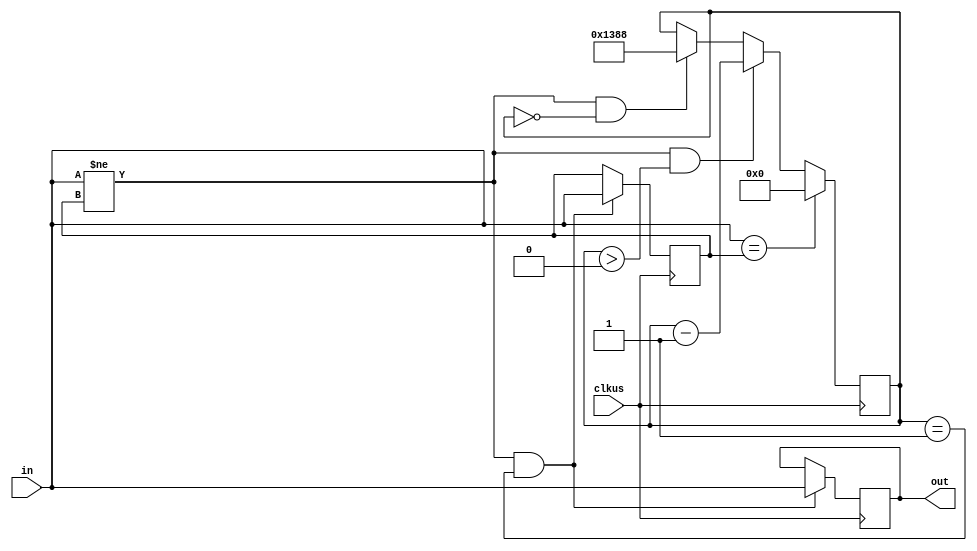
// infrared signal deoscillation
module Deosc (
    // clk
    input clkus,
    // input signal
    input in,
    // output signal
    output reg out
);
    
    // previous state
    reg prev;

    // wait counter
    parameter BITS = 13, TIME = 5000; // 5ms
    reg [BITS - 1:0] cnt;

    always @(posedge clkus) begin
        if (in != prev && cnt == 0)
            cnt <= TIME;
        if (in != prev && cnt > 0)
            cnt <= cnt - 1;
        if (in != prev && cnt == 1) begin
            out <= in;
            prev <= in;
        end
        if (in == prev)
            cnt <= 0;
    end

endmodule